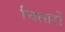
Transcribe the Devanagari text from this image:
चितारों